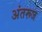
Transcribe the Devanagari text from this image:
अंतरूज